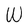
Character: W